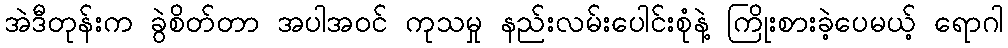
အဲဒီတုန်းက ခွဲစိတ်တာ အပါအဝင် ကုသမှု နည်းလမ်းပေါင်းစုံနဲ့ ကြိုးစားခဲ့ပေမယ့် ရောဂါ